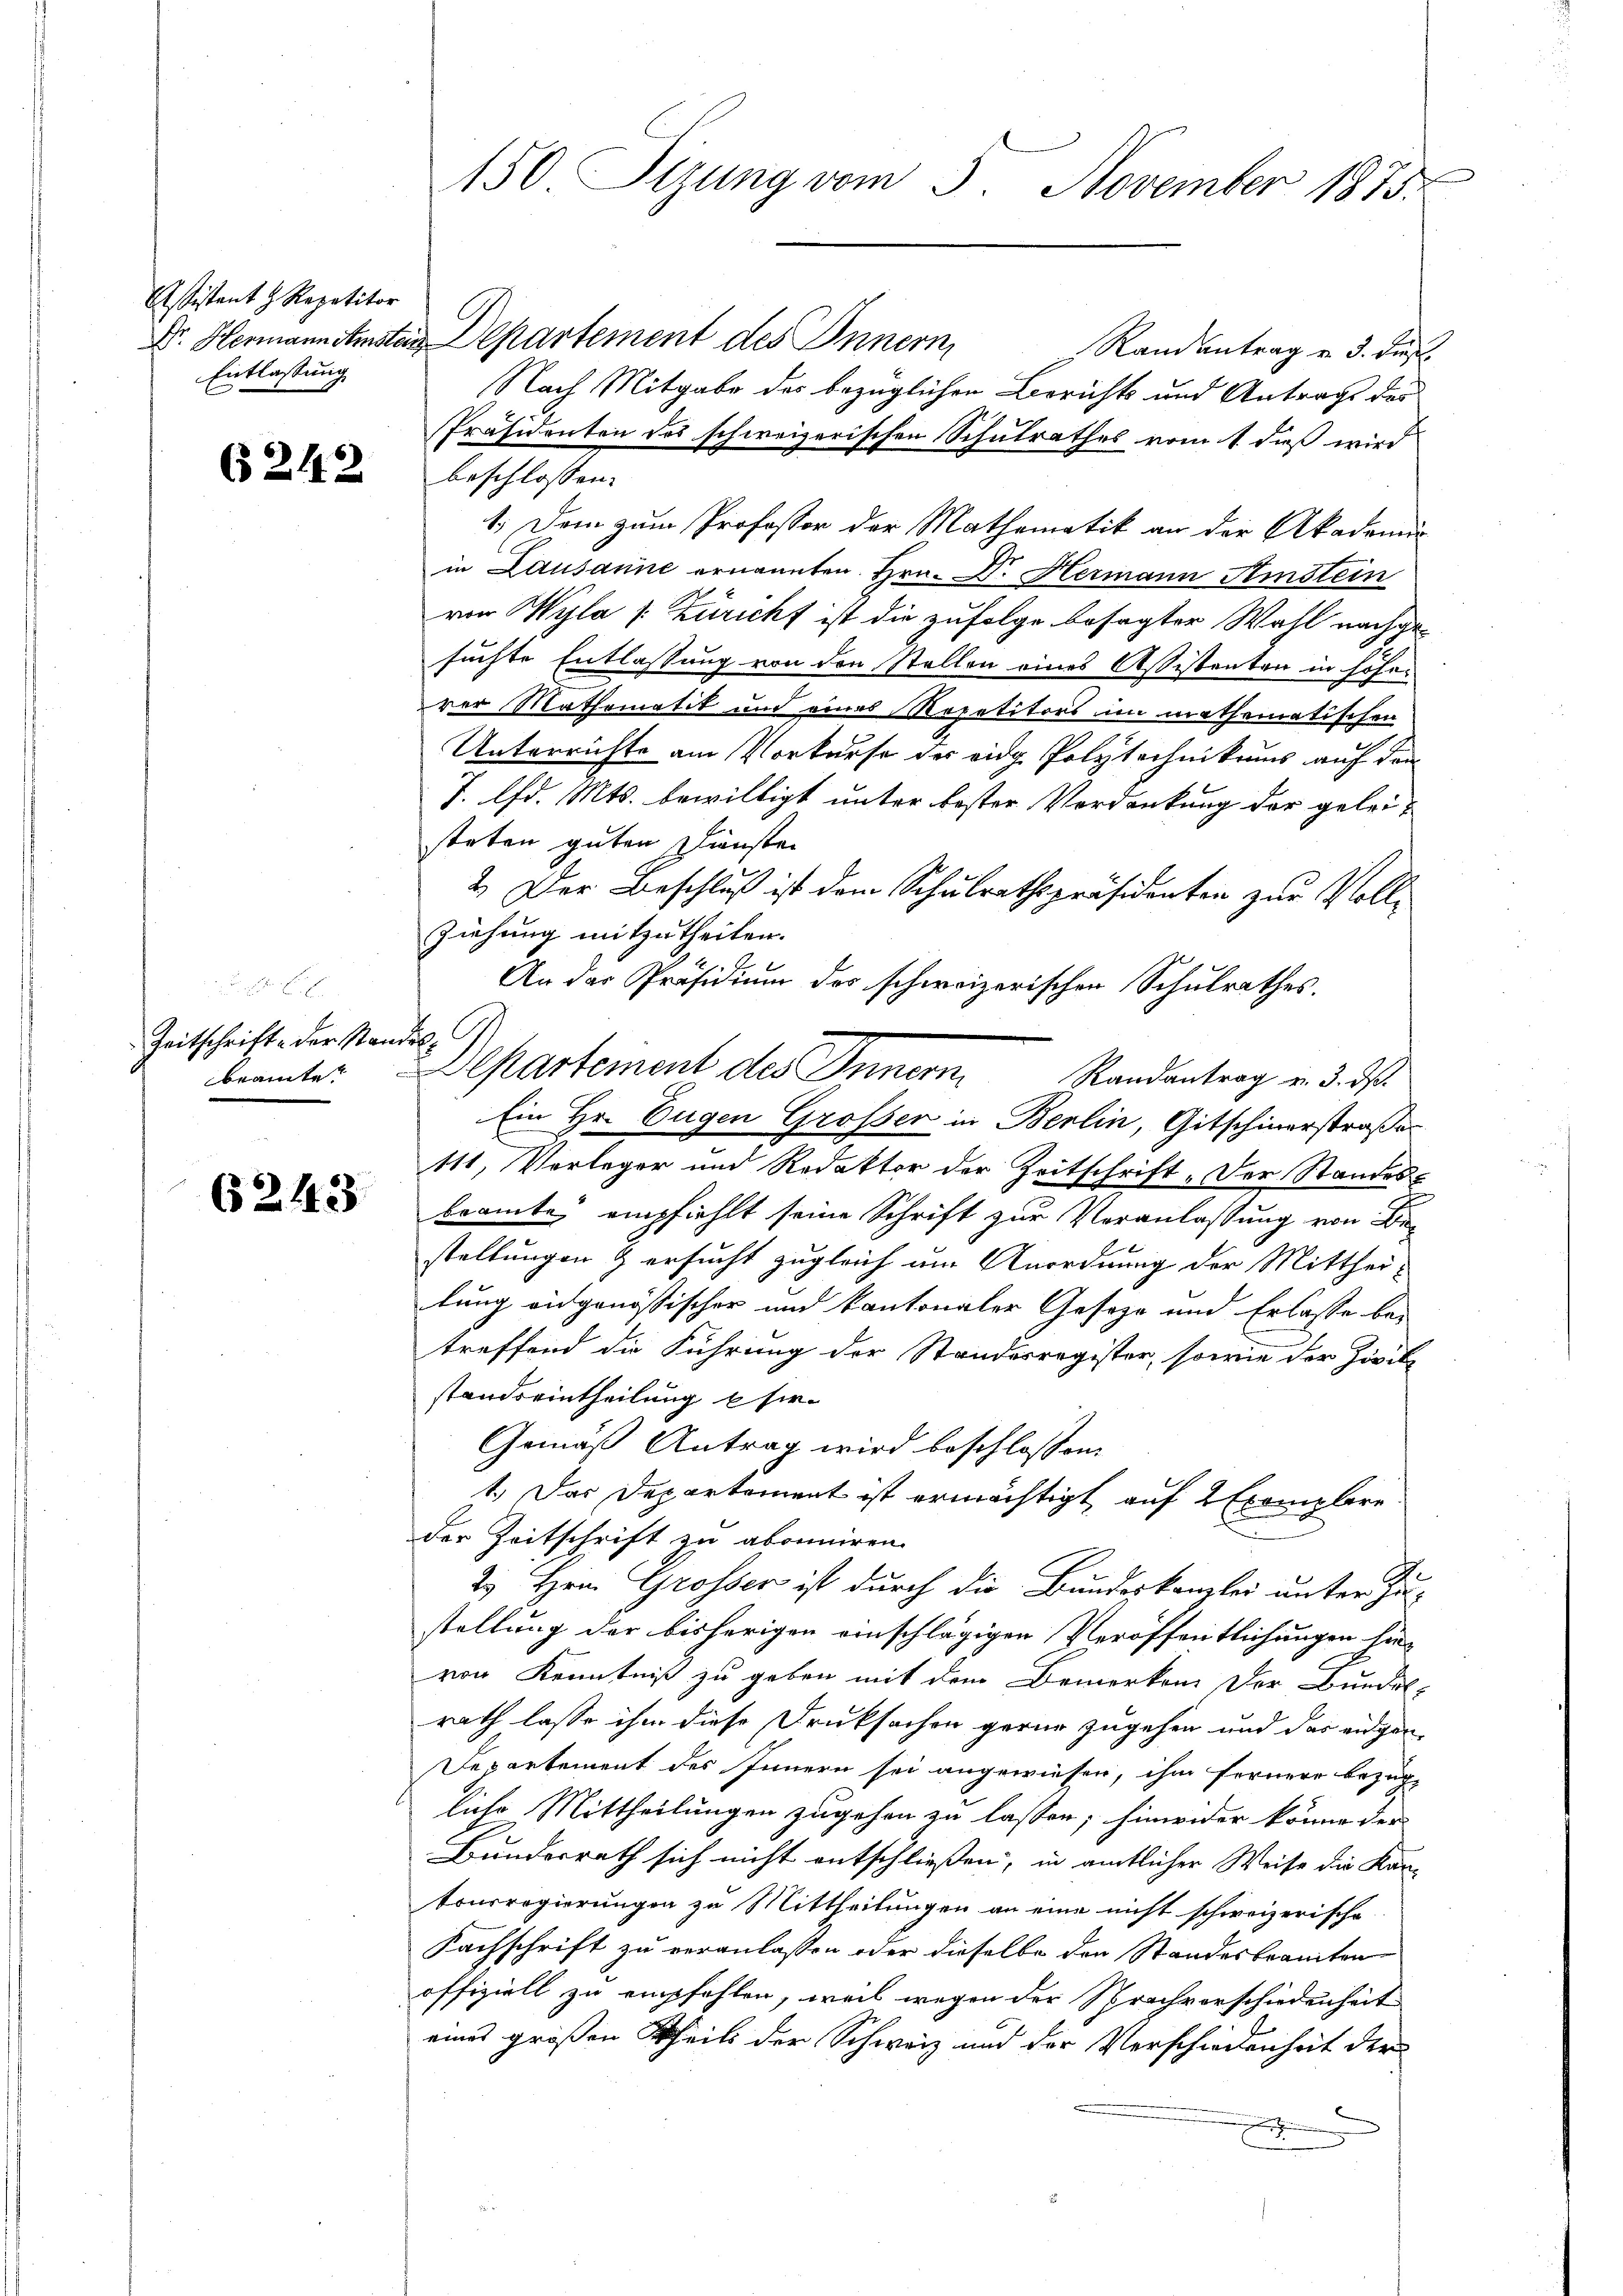
Assistant H. Repetitor
Entlassung

6242

. . .
Zeitschrifte der Standes
beamte

6243

Dr. Hermann Amsten Departement des Innern,
Randantrag v. 3. dies
Nach Mitgabe des bezüglichen Berichts und Antrags des
Präsidenten des schweizerischen Schulrathes vom 1. daß wird
beschlossen:
1.) Dem zum Professor der Mathematik an der Akademie
in Lausanne ernannten Hrn. Dr. Hermann Ainstein
von Wyla /: Züricht ist die zufolge besagter Wahl nachgesuchte Entlassung von den Stellen eines Assistenten in höherer Mathematik und eines Repetitors im mathematischen
Unterrichte am Vorkurse des eidg. Polytechnikums auf den
J. lfd. Mts. bewilligt unter bester Verdankung der geleisteten guten Diensten
2.) Der Beschluß ist dem Schulrathspräsidenten zur Voll-
Ziehung mitzutheilen.
An der Präsidium des schweizerischen Schulrathes.
Ein Hr. Eugen Grossen in Berlin, Gitschinerstraßen
111, Vorleger und Redaktor der Zeitschrift. Der Standes-
beamte empfiehlt seine Schrift zur Veranlassung von Be-
stellungen & ersucht zugleich um Anordnung der Mitthei-
lung eidgenössischer und kantonaler Geseze und Erlasse betreffend die Führung der Standesregister, sowie der Zivil-
standseintheilung hie¬
Gemäß Antrag wird beschlossen
t. Das Departement ist ermächtigt auf 2 Exemplare
der Zeitschrift zu abonniren.
2. Hrn. Grosser ist durch die Bundeskanzlei unter Zu-
stellung der bisherigen einschlägigen Veröffentlichungen hin-
von Kenntniß zu geben mit dem Bemerken der Bundel-
rath lasse ihm diese Druksachen gerne zugehen und das eigen-
Departement des Innern sei angewiesen, ihm fernere bezüg-
liche Mittheilungen zugehen zu lassen; hinwider könne der
Bundesrath sich nicht entschließen, in amtlicher Weise die Kan-
tourrogierungen zu Mittheilungen an eine nicht schweizerische
Nachschrift zu veranlassen oder dieselbe den Standesbranten
offiziell zu empfehlen, weil wegen der Sprachverschiedenheit
eines großen Theils der Schweiz und der Verschiedenheit der

150. Sizung vom 3. November 1873.

Separtement des Innern. Randantrag v. 3. ds.